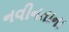
નવીનતાના